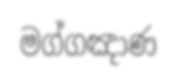
මග්ගඤාණ